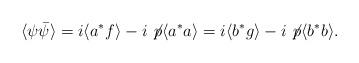
LaTeX: \begin{align*}\langle \psi \bar{\psi} \rangle = i\langle a^* f\rangle - i\not \! p \langle a^* a\rangle =i\langle b^* g\rangle - i\not \! p \langle b^* b\rangle .\end{align*}